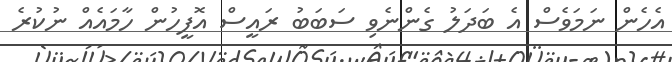
އެހެން ނަމަވެސް އެ ބަދަލު ގެންނެވި ސަބަބު ރައީސް އޮފީހުން ހާމައެއް ނުކުރެ